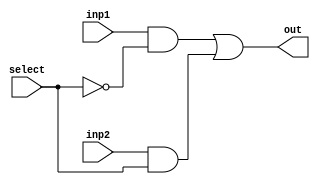
module muxTwo(out, inp1, inp2, select);
	// Input - Output declaration
	input inp1, inp2, select;
	output out;
	
	// Variables
	wire temp1, temp2, selectNOT;
	

	
	// Logical expression for 2:1 mux
	// g2(temp1) = inp1 AND g1(select')
	// g3(temp2) = inp2 AND select
	// g4(out) = temp1 or temp2
	not g1(selectNOT, select);
	and g2(temp1, inp1, selectNOT);
	and g3(temp2, inp2, select);
	or g4(out, temp1, temp2);
endmodule